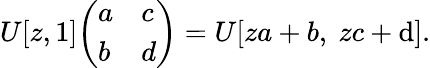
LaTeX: U[z,1]{\left(\begin{array}{ll}{a}&{c}\\ {b}&{d}\end{array}\right)}=U[za+b,\ zc+\mathrm{d}].